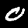
Digit: 0